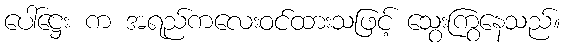
ပေါ်ဋ္ဌေး က အရည်ကလေးဝင်ထားသဖြင့် သွေးကြွနေသည်။